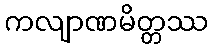
ကလျာဏမိတ္တဿ